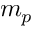
m _ { p }